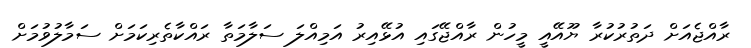
ރާއްޖެއަށް ދަތުރުކުރާ ޔޫއޭއީ މީހުން ރާއްޖޭގައި އުޅޭއިރު އަމިއްލަ ސަލާމަތާ ރައްކާތެރިކަަމަށް ސަމާލުވުމަށް